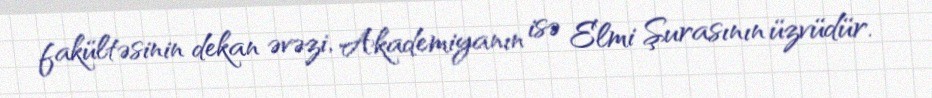
fakültəsinin dekan əvəzi, Akademiyanın isə Elmi Şurasının üzvüdür.